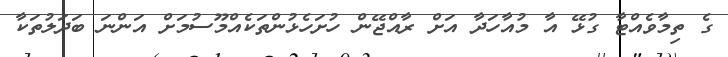
ގެ ތިމާވެއްޓާ ގުޅޭ އާ މުއާހަދާ އަށް ރާއްޖޭން ހުށަހެޅުންތަކެއްމޫސުމަށް އަންނަ ބަދަލުތަކާ